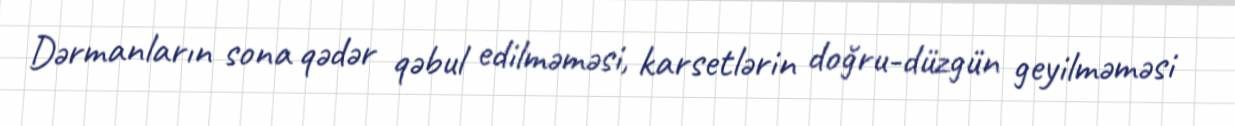
Dərmanların sona qədər qəbul edilməməsi, karsetlərin doğru-düzgün geyilməməsi